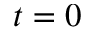
t = 0